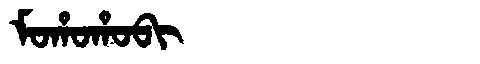
Manchu: ᠮᠣᡥᠣᡥᠣᠪᡳ
Romanization: MOHOHOBI